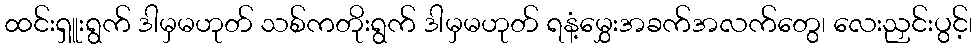
ထင်းရှူးရွက် ဒါမှမဟုတ် သစ်ကတိုးရွက် ဒါမှမဟုတ် ရနံ့မွှေးအခက်အလက်တွေ၊ လေးညှင်းပွင့်၊